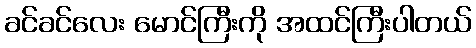
ခင်ခင်လေး မောင်ကြီးကို အထင်ကြီးပါတယ်